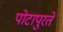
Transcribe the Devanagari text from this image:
पोटापुरते